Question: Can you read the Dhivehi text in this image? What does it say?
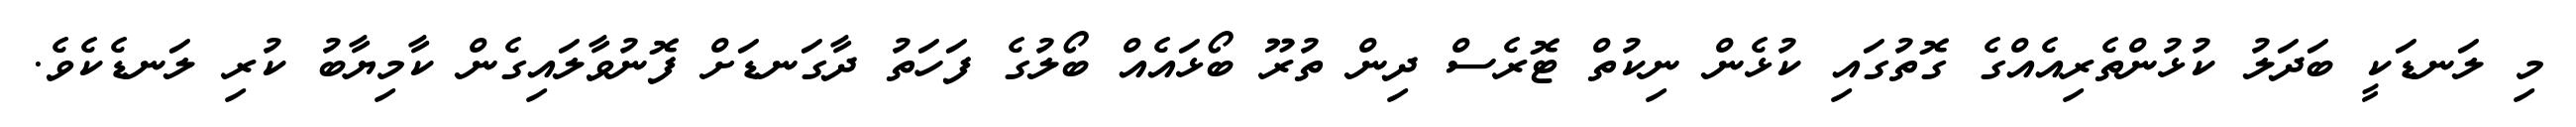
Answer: މި ލަނޑަކީ ބަދަލު ކުޅުންތެރިއެއްގެ ގޮތުގައި ކުޅެން ނިކުތް ޓޮރެސް ދިން ތުރޫ ބޯޅައެއް ބޯލުގެ ފަހަތު ދާގަނޑަށް ފޮނުވާލައިގެން ކާމިޔާބު ކުރި ލަނޑެކެވެ.